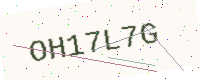
Text: OH17L7G